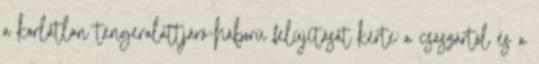
a korlátlan tengeralattjáró-háború felújítását kérte a császártól és a